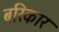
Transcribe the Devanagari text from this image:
बरिकार